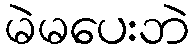
မဲမပေးဘဲ